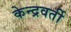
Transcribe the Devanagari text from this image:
केन्द्रवर्ती